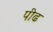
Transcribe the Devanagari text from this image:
पीढ